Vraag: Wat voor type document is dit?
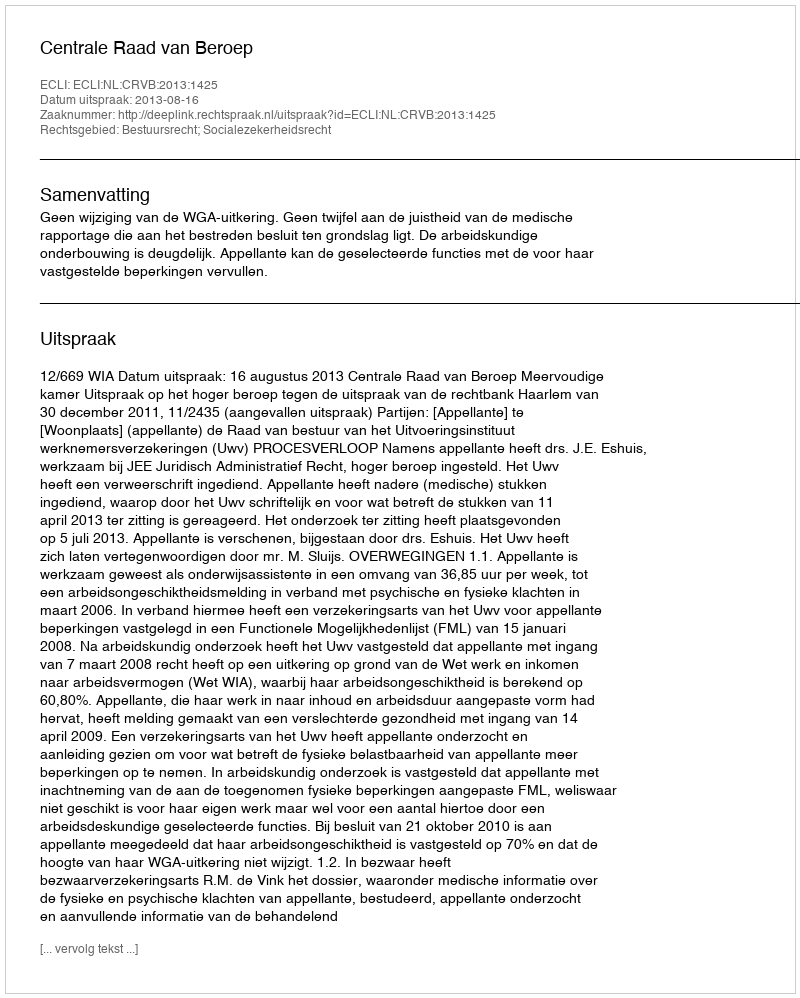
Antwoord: Uitspraak